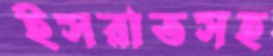
ইসরাতসহ